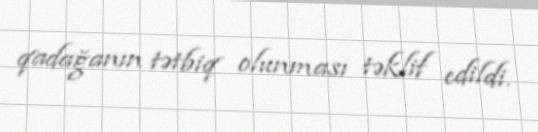
qadağanın tətbiq olunması təklif edildi.